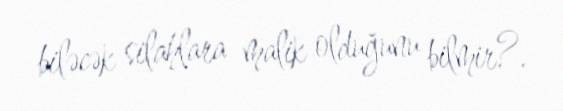
biləcək silahlara malik olduğunu bilmir?.